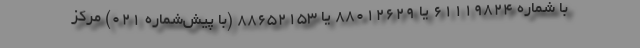
با شماره 61119824 یا 88012629 یا 88652153 (با پیش‌شماره 021) مرکز